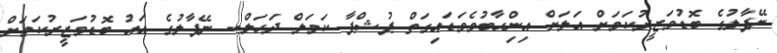
ނޭޕާލުގެ ބޮޑުވަޒީރުކަމަށް އަލަށް އިންިޙާބުވެވަޑައިގަތް ޕުޝްޕާ ކަމަލް ދަހަލް-- ނޭޕާލުގެ އައު ބޮޑުވަޒީރުކަމަށް